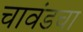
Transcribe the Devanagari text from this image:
चावंडचा